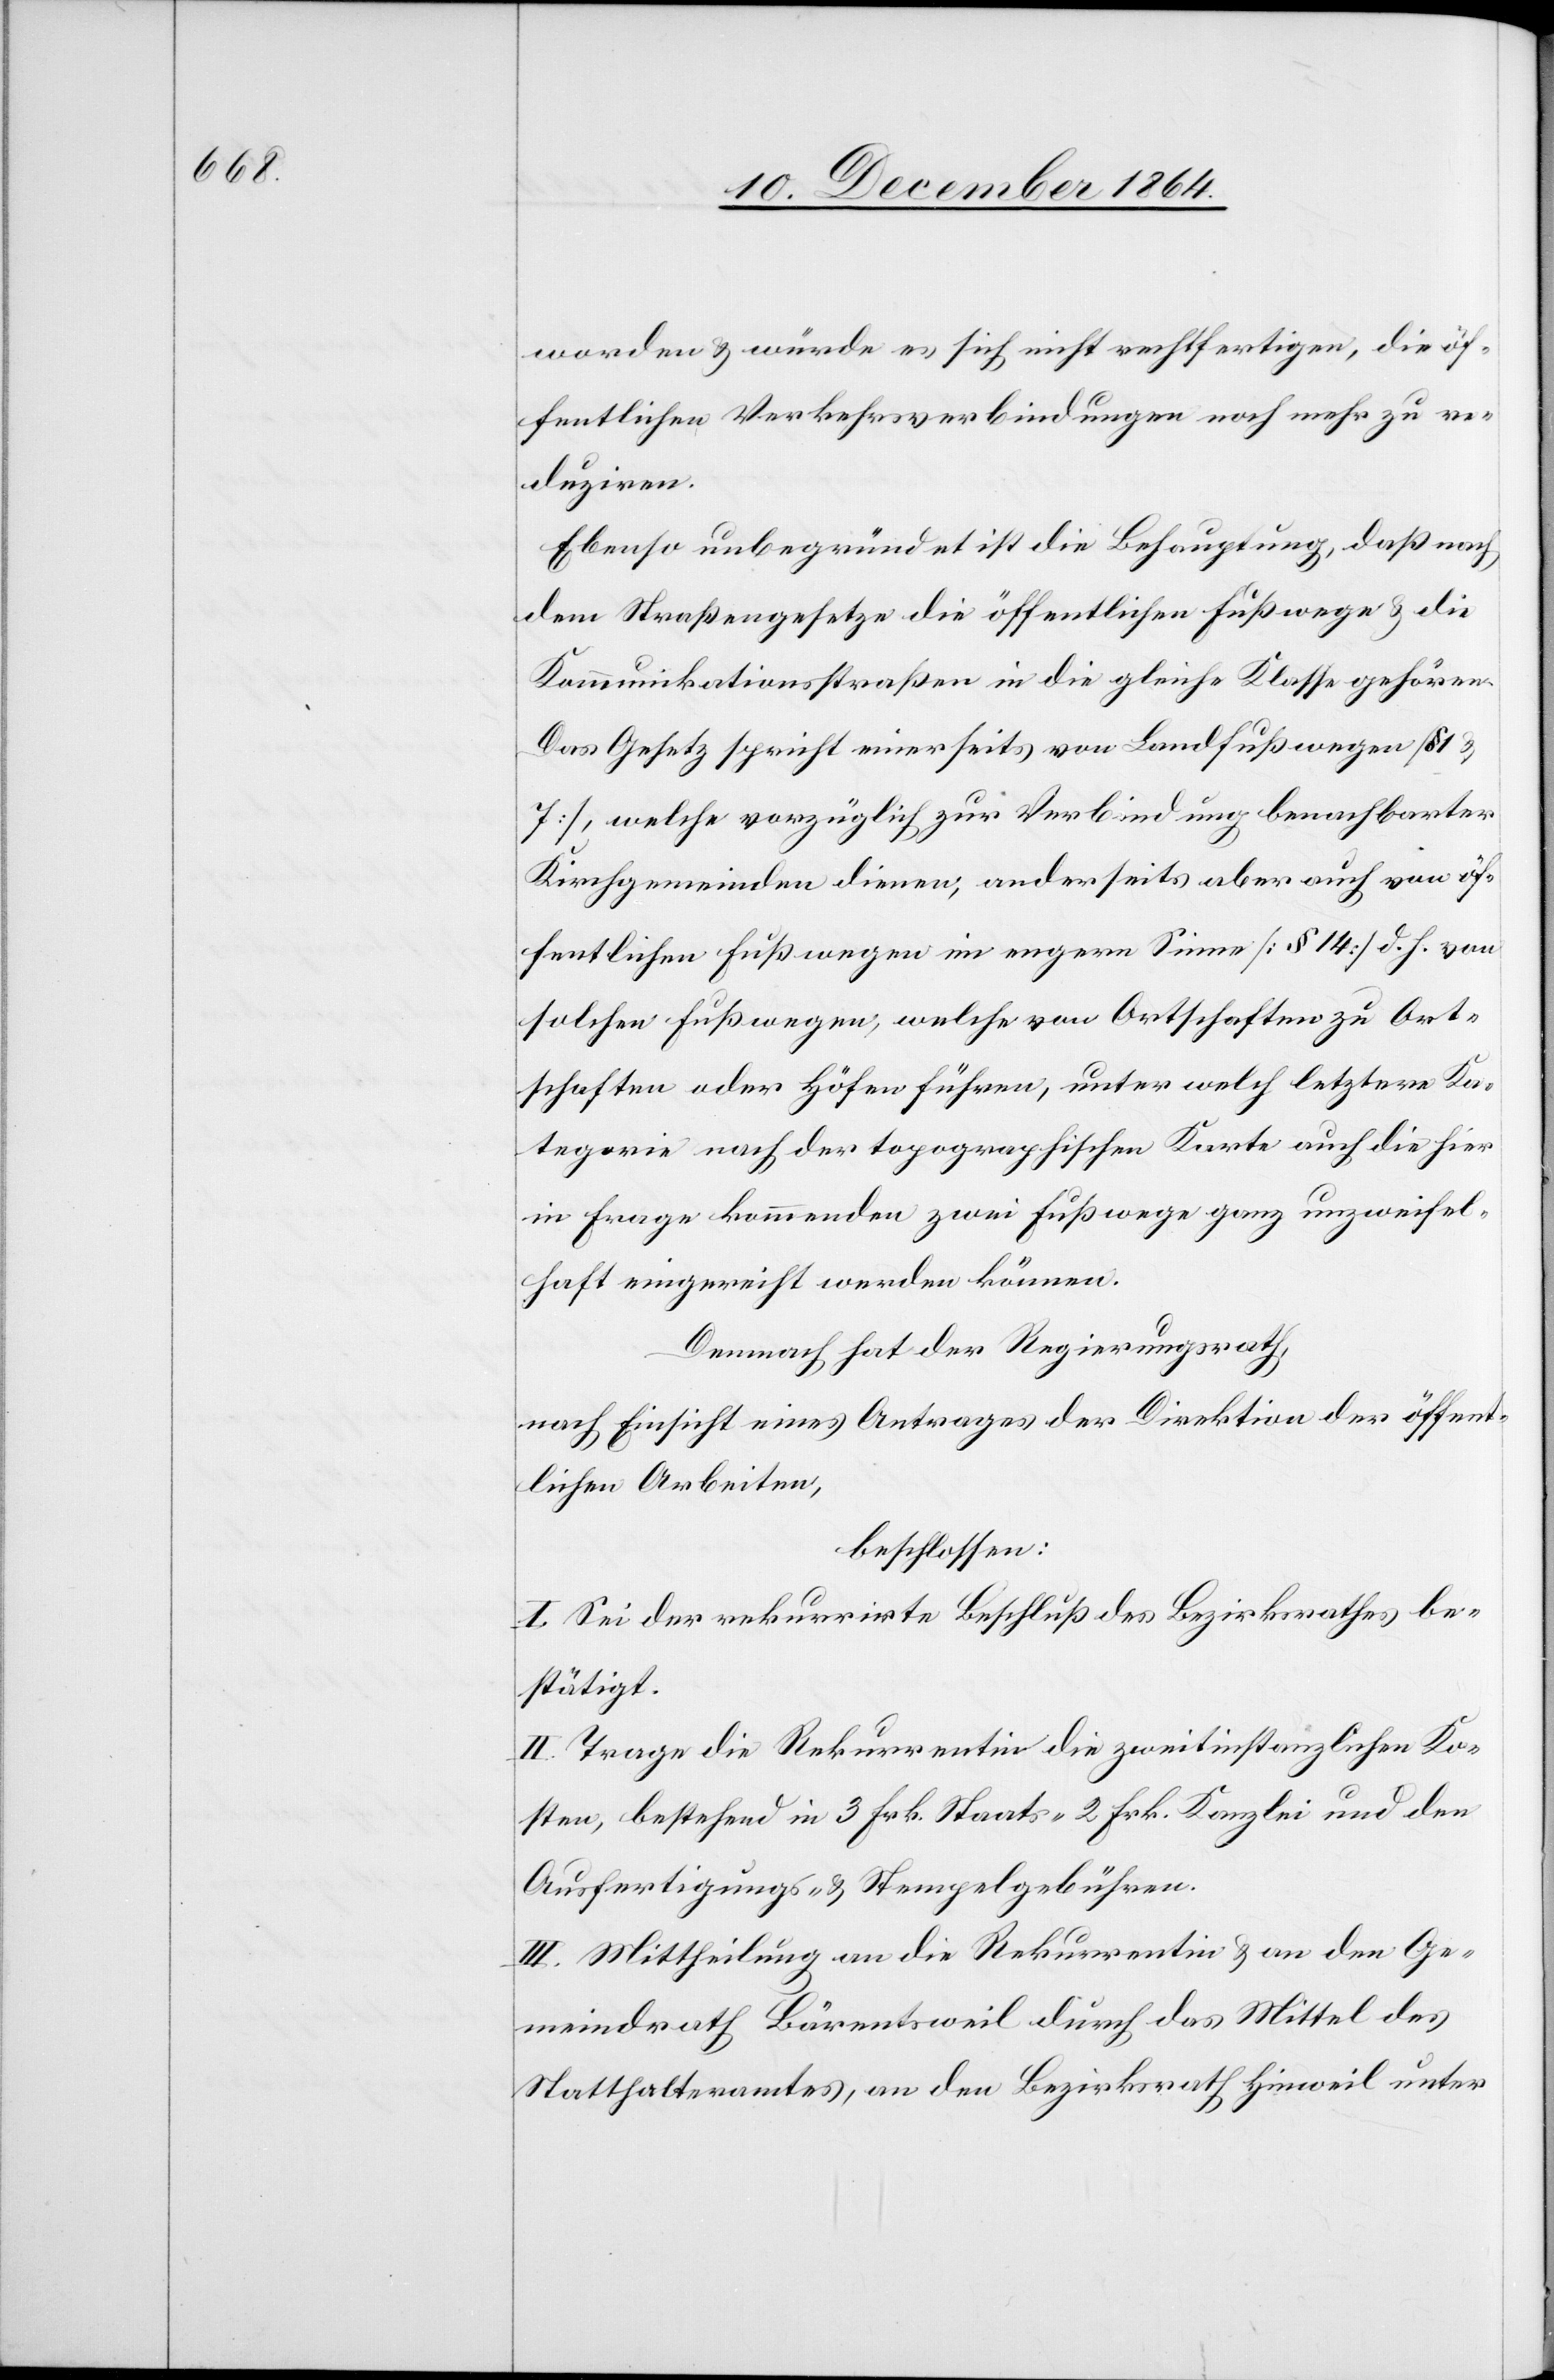
worden & würde es sich nicht rechtfertigen, die öf¬
fentlichen Verkehrsverbindungen noch mehr zu re¬
duziren.
Ebenso unbegründet ist die Behauptung, daß nach
dem Straßengesetze die öffentlichen Fußwege & die
Kommunikationsstraßen in die gleiche Klasse gehören.
Das Gesetz spricht einerseits von Landfußwegen [§
7], welche vorzüglich zur Verbindung benachbarter
Kirchgemeinden dienen, anderseits aber auch von öf¬
fentlichen Fußwegen im engern Sinne [§ 14] d. h. von
solchen Fußwegen, welche von Ortschaften zu Ort¬
schaften oder Höfen führen, unter welch letztere Ka¬
tegorie nach der topographischen Karte auch die hier
in Frage kommenden zwei Fußwege ganz unzweifel¬
haft eingereicht werden können.
Demnach hat der Regierungsrath,
nach Einsicht eines Antrages der Direktion der öffent¬
lichen Arbeiten,
beschlossen:
I. Sei der rekurrirte Beschluß des Bezirksrathes be¬
stätigt.
II. Trage die Rekurrentin die zweitinstanzlichen Ko¬
sten, bestehend in 3 Frk. Staats- 2 Frk. Kanzlei[-] und den
Ausfertigungs- & Stempelgebühren.
III. Mittheilung an die Rekurrentin & an den Ge¬
meindrath Bärentsweil durch das Mittel des
Statthalteramtes, an den Bezirksrath Hinweil unter